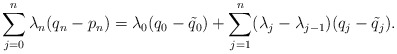
\begin{align*}\sum_{j=0}^n \lambda_n (q_n-p_n) = \lambda_0(q_0-\tilde{q}_0) + \sum_{j=1}^n (\lambda_j-\lambda_{j-1})(q_j-\tilde{q}_j).\end{align*}